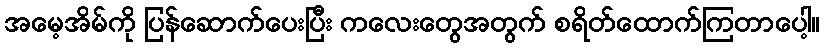
အမေ့အိမ်ကို ပြန်ဆောက်ပေးပြီး ကလေးတွေအတွက် စရိတ်ထောက်ကြတာပေါ့။